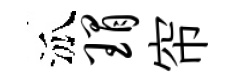
泒瑁帘